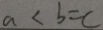
a < b = c